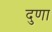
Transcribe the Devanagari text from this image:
दुणा